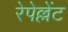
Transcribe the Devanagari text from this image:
रेपेल्लेंट